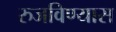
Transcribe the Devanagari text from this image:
रुजविण्यास